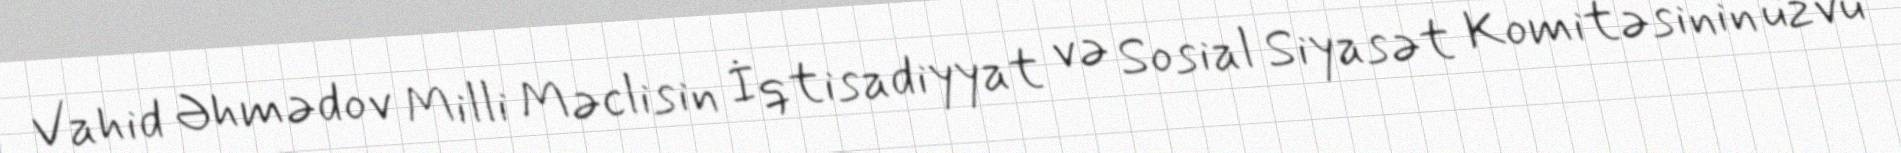
Vahid Əhmədov Milli Məclisin İqtisadiyyat və Sosial Siyasət Komitəsinin üzvü